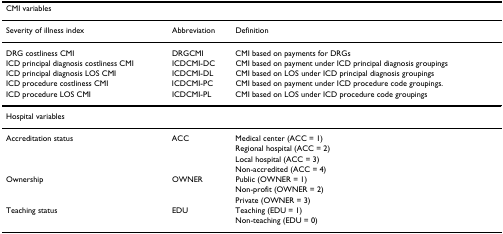
<table><thead><tr><td colspan="3"><b>CMI variables</b></td></tr></thead><tbody><tr><td>Severity of illness index</td><td>Abbreviation</td><td>Definition</td></tr><tr><td>DRG costliness CMI</td><td>DRGCMI</td><td>CMI based on payments for DRGs</td></tr><tr><td>ICD principal diagnosis costliness CMI</td><td>ICDCMI-DC</td><td>CMI based on payment under ICD principal diagnosis groupings</td></tr><tr><td>ICD principal diagnosis LOS CMI</td><td>ICDCMI-DL</td><td>CMI based on LOS under ICD principal diagnosis groupings</td></tr><tr><td>ICD procedure costliness CMI</td><td>ICDCMI-PC</td><td>CMI based on payment under ICD procedure code groupings.</td></tr><tr><td>ICD procedure LOS CMI</td><td>ICDCMI-PL</td><td>CMI based on LOS under ICD procedure code groupings</td></tr><tr><td>Hospital variables</td><td></td><td></td></tr><tr><td>Accreditation status</td><td>ACC</td><td>Medical center (ACC = 1)</td></tr><tr><td></td><td></td><td>Regional hospital (ACC = 2)</td></tr><tr><td></td><td></td><td>Local hospital (ACC = 3)</td></tr><tr><td></td><td></td><td>Non-accredited (ACC = 4)</td></tr><tr><td>Ownership</td><td>OWNER</td><td>Public (OWNER = 1)</td></tr><tr><td></td><td></td><td>Non-profit (OWNER = 2)</td></tr><tr><td></td><td></td><td>Private (OWNER = 3)</td></tr><tr><td>Teaching status</td><td>EDU</td><td>Teaching (EDU = 1)</td></tr><tr><td></td><td></td><td>Non-teaching (EDU = 0)</td></tr></tbody></table>